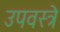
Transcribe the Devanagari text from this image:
उपवस्त्रे